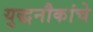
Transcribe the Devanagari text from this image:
युद्धनौकांचे